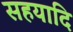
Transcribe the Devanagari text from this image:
सहयादि